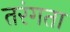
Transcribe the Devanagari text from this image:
तरंगता